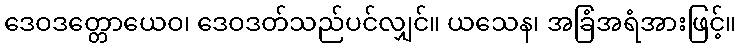
ဒေဝဒတ္တောယေဝ၊ ဒေဝဒတ်သည်ပင်လျှင်။ ယသေန၊ အခြံအရံအားဖြင့်။